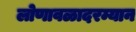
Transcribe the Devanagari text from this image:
लोणावळादरम्यान